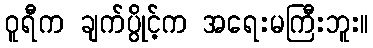
ဝူရီက ချက်ပွိုင့်က အရေးမကြီးဘူး။